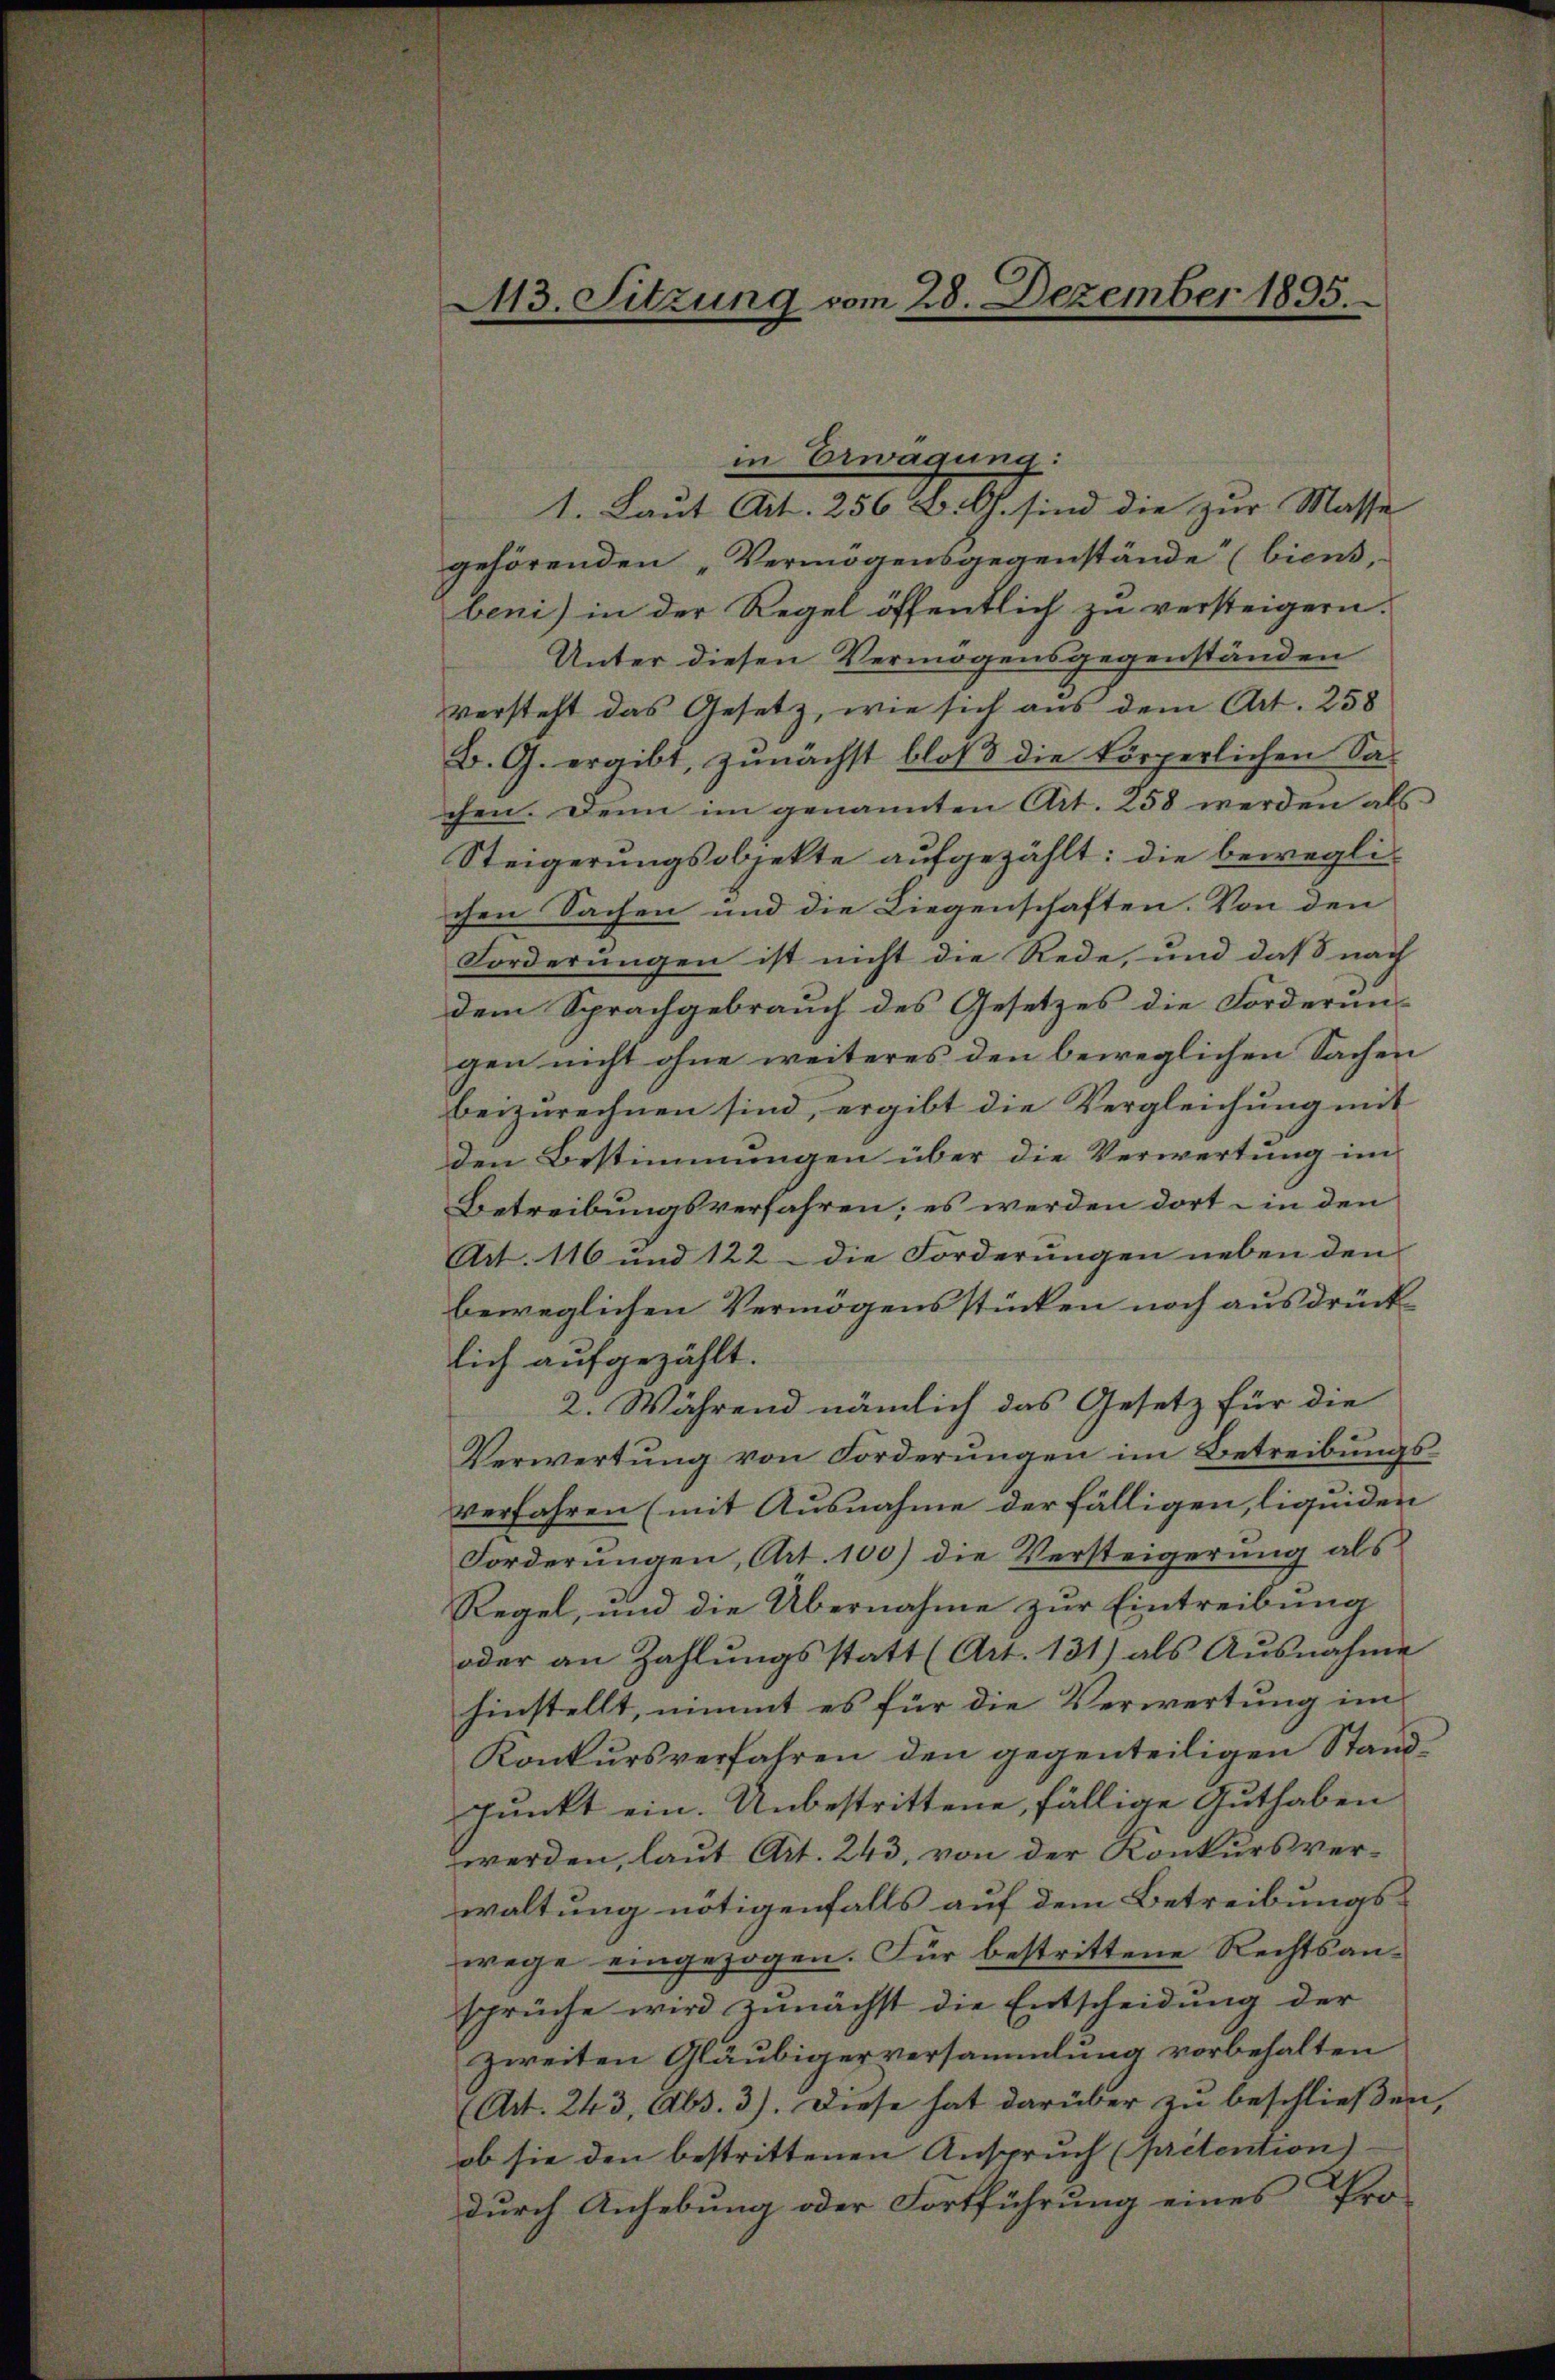
13. Sitzung vom 28. Dezember 1895.

1. Laut Art. 256 B. G. sind die zur Masse
gehörenden „Vermögensgegenstände (biens,
beni) in der Regel öffentlich zu versteigern.
Unter diesen Vermögensgegenständen
versteht das Gesetz, wie sich aus dem Art. 258
B. G. ergibt, zunächst bloß die körperlichen Sa-
chen. Denn im genannten Art. 258 werden als
Steigerungsobjekte aufgezählt: die beweglichen Sachen und die Liegenschaften. Von den
Forderungen ist nicht die Rede, und daß nach
dem Sprachgebrauch des Gesetzes die Forderun-
gen nicht ohne weiteres den beweglichen Sachen
beizurechnen sind, ergibt die Vergleichung mit
den Bestimmungen über die Verwertung im
Betreibungsverfahren; es werden dort in den
Art. 116 und 122 - die Forderungen neben den
beweglichen Vermögensstücken noch ausdrücklich aufgezählt.
2. Während nämlich das Gesetz für die
Verwertung von Forderungen im Betreibungsverfahren (mit Ausnahme der fälligen, liquiden
Forderungen, Art. 100) die Versteigerung als
Regel, und die Übernahme zur Eintreibung
oder an Zahlŭngsstatt (Art. 131) als Aŭsnahme
hinstellt, nimmt es für die Verwertung im
Konkursverfahren den gegenteiligen Stand¬
Punkt ein. Unbestrittene, fällige Guthaben
werden, laut Art. 243, von der Konkursverwaltung nötigenfalls auf dem Betreibungs-
wege eingezogen. Für bestrittene Rechtsansprüche wird zunächst die Entscheidung der
zweiten Gläubigerversammlung vorbehalten
(Art. 243, Abs. 3). Diese hat darüber zu beschließen,
ob sie den bestrittenen Anspruch (prétention).
durch Anhebung oder Fortführung eines Pro-

in Erwägung: